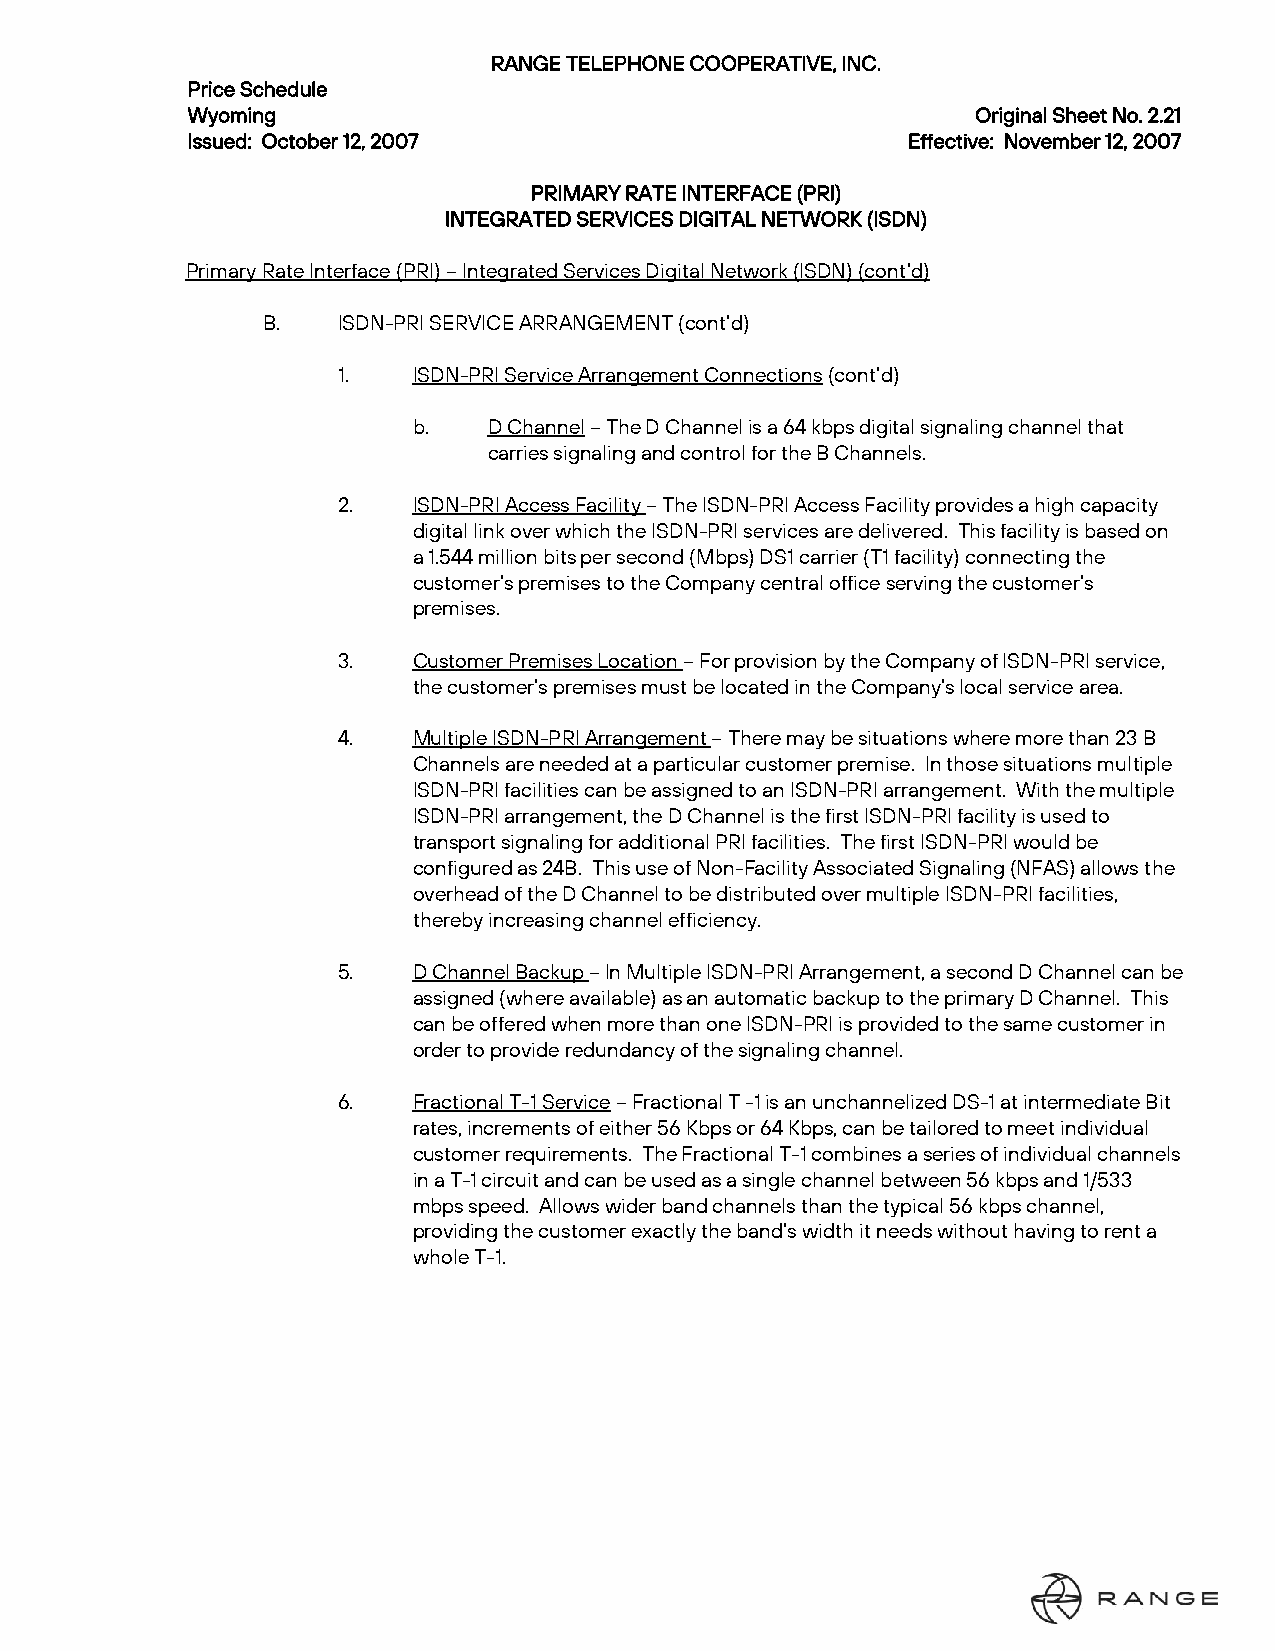
RANGE TELEPHONE COOPERATIVE, INC.
 Price Schedule
 Wyoming                                              Original Sheet No. 2.21
 Issued: October 12, 2007                        Effective: November 12, 2007
 PRIMARY RATE INTERFACE (PRI)
 INTEGRATED SERVICES DIGITAL NETWORK (ISDN)
 Primary Rate Interface (PRI) – Integrated Services Digital Network (ISDN) (cont’d)
 B.   ISDN-PRI SERVICE ARRANGEMENT (cont’d)
 1.   ISDN-PRI Service Arrangement Connections (cont’d)
 b.   D Channel – The D Channel is a 64 kbps digital signaling channel that
 carries signaling and control for the B Channels.
 2.   ISDN-PRI Access Facility – The ISDN-PRI Access Facility provides a high capacity
 digital link over which the ISDN-PRI services are delivered. This facility is based on
 a 1.544 million bits per second (Mbps) DS1 carrier (T1 facility) connecting the
 customer’s premises to the Company central office serving the customer’s
 premises.
 3.   Customer Premises Location – For provision by the Company of ISDN-PRI service,
 the customer’s premises must be located in the Company’s local service area.
 4.   Multiple ISDN-PRI Arrangement – There may be situations where more than 23 B
 Channels are needed at a particular customer premise. In those situations multiple
 ISDN-PRI facilities can be assigned to an ISDN-PRI arrangement. With the multiple
 ISDN-PRI arrangement, the D Channel is the first ISDN-PRI facility is used to
 transport signaling for additional PRI facilities. The first ISDN-PRI would be
 configured as 24B. This use of Non-Facility Associated Signaling (NFAS) allows the
 overhead of the D Channel to be distributed over multiple ISDN-PRI facilities,
 thereby increasing channel efficiency.
 5.   D Channel Backup – In Multiple ISDN-PRI Arrangement, a second D Channel can be
 assigned (where available) as an automatic backup to the primary D Channel. This
 can be offered when more than one ISDN-PRI is provided to the same customer in
 order to provide redundancy of the signaling channel.
 6.   Fractional T-1 Service – Fractional T -1 is an unchannelized DS-1 at intermediate Bit
 rates, increments of either 56 Kbps or 64 Kbps, can be tailored to meet individual
 customer requirements. The Fractional T-1 combines a series of individual channels
 in a T-1 circuit and can be used as a single channel between 56 kbps and 1/533
 mbps speed. Allows wider band channels than the typical 56 kbps channel,
 providing the customer exactly the band’s width it needs without having to rent a
 whole T-1.